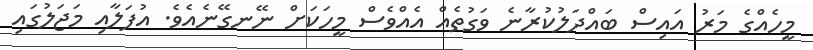
މީހެއްގެ މަރު އައިސް ބައްދަލުކުރާނެ ވަގުތެއް އެއްވެސް މީހަކަށް ނޭނގޭނެއެވެ. އުފަލާއި މަޖަލުގައި